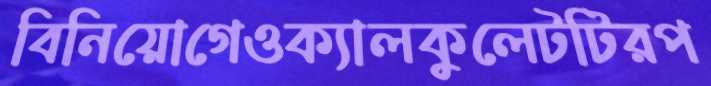
বিনিয়োগেওক্যালকুলেটটিরপ